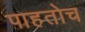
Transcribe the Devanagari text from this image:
पाहतोच